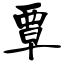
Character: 覃